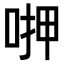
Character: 𠶟